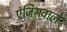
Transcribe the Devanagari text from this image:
एंजिसवाले